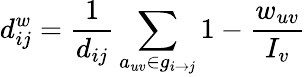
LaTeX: d_{ij}^{w}=\frac{1}{d_{ij}}\sum_{a_{uv}\in g_{i\rightarrow j}}1-\frac{w_{uv}}{I_{v}}